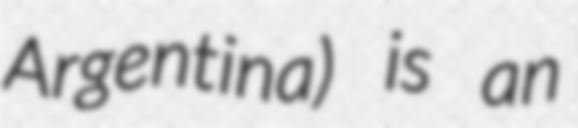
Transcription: Argentina) is an